On the morphology, teratology, and diclinism of the flowers of cannabis - Number 12
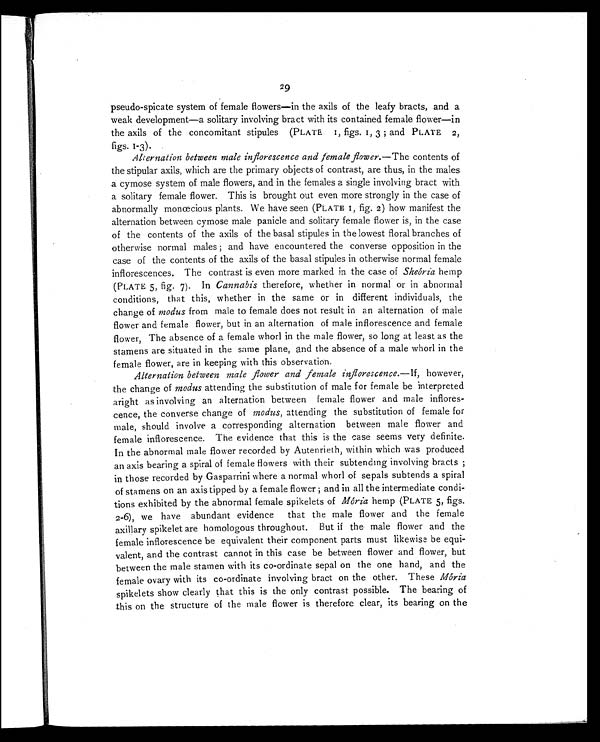
29
pseudo-spicate system of female flowers—in the axils of the leafy bracts, and a
weak development—a solitary involving bract with its contained female flower—in
the axils of the concomitant stipules (PLATE 1, figs. 1, 3 ; and PLATE 2,
figs. 1-3).
Alternation between male inflorescence and female flower. —The contents of
the stipular axils, which are the primary objects of contrast, are thus, in the males
a cymose system of male flowers, and in the females a single involving bract with
a solitary female flower. This is brought out even more strongly in the case of
abnormally monœcious plants. We have seen (PLATE 1, fig. 2) how manifest the
alternation between cymose male panicle and solitary female flower is, in the case
of the contents of the axils of the basal stipules in the lowest floral branches of
otherwise normal males ; and have encountered the converse opposition in the
case of the contents of the axils of the basal stipules in otherwise normal female
inflorescences. The contrast is even more marked in the case of Sheória hemp
(PLATE 5, fig. 7). In Cannabis therefore, whether in normal or in abnormal
conditions, that this, whether in the same or in different individuals, the
change of modus from male to female does not result in an alternation of male
flower and female flower, but in an alternation of male inflorescence and female
flower, The absence of a female whorl in the male flower, so long at least as the
stamens are situated in the same plane, and the absence of a male whorl in the
female flower, are in keeping with this observation.
Alternation between male flower and female inflorescence. —If, however,
the change of modus attending the substitution of male for female be interpreted
aright as involving an alternation between female flower and male inflores-
cence, the converse change of modus, attending the substitution of female for
male, should involve a corresponding alternation between male flower and
female inflorescence. The evidence that this is the case seems very definite.
In the abnormal male flower recorded by Autenrieth, within which was produced
an axis bearing a spiral of female flowers with their subtending involving bracts ;
in those recorded by Gasparrini where a normal whorl of sepals subtends a spiral
of stamens on an axis tipped by a female flower ; and in all the intermediate condi-
tions exhibited by the abnormal female spikelets of Mória hemp (PLATE 5, figs.
2-6), we have abundant evidence that the male flower and the female
axillary spikelet are homologous throughout. But if the male flower and the
female inflorescence be equivalent their component parts must likewise be equi-
valent, and the contrast cannot in this case be between flower and flower, but
between the male stamen with its co-ordinate sepal on the one hand, and the
female ovary with its co-ordinate involving bract on the other. These Mória
spikelets show clearly that this is the only contrast possible. The bearing of
this on the structure of the male flower is therefore clear, its bearing on the